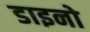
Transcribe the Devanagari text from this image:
डाइनो